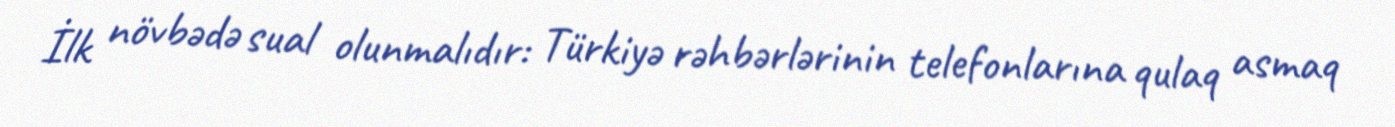
İlk növbədə sual olunmalıdır: Türkiyə rəhbərlərinin telefonlarına qulaq asmaq